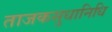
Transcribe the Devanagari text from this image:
ताजकसुधानिधि